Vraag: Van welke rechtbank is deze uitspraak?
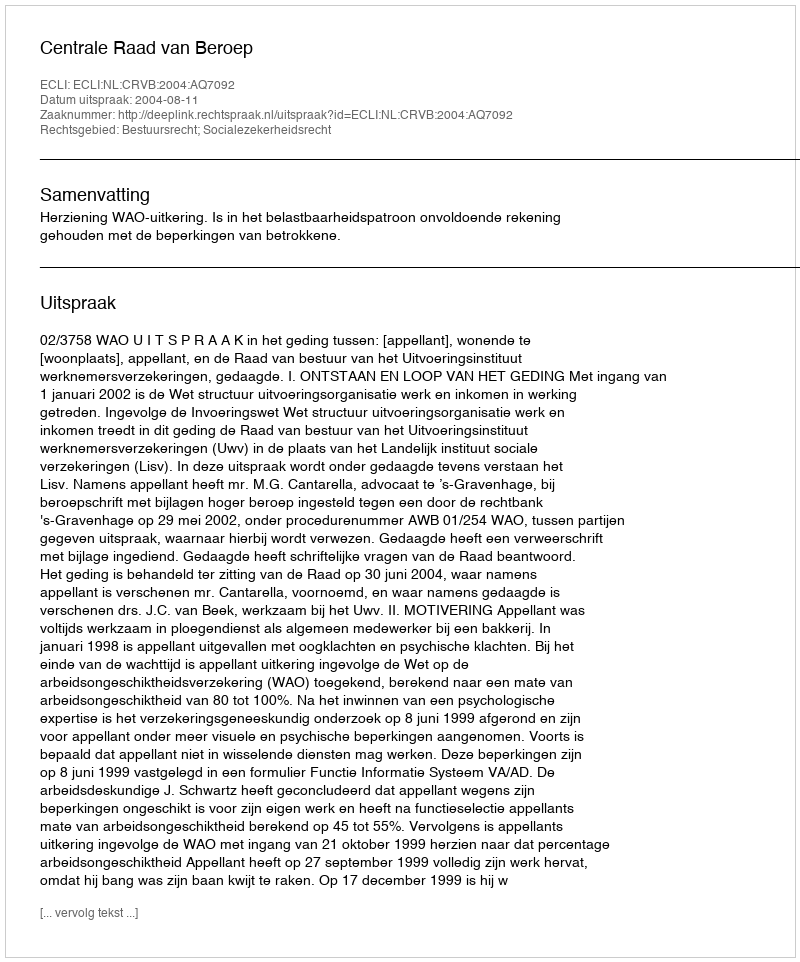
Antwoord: Centrale Raad van Beroep